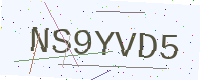
Text: NS9YVD5